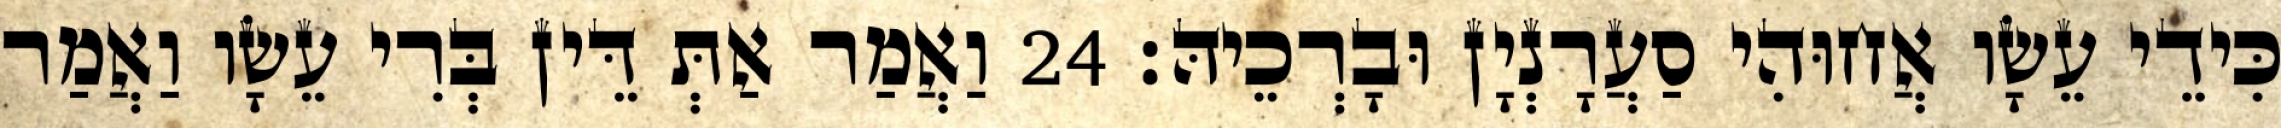
כִּידֵי עֵשָׂו אֲחוּהִי סַעֲרָנְיָן וּבָרְכֵיהּ׃ 24 וַאֲמַר אַתְּ דֵּין בְּרִי עֵשָׂו וַאֲמַר